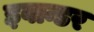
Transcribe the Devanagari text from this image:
इवान्डर